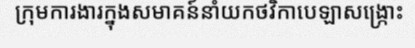
ក្រុមការងារក្នុងសមាគន៍នាំយកថវិកាបេឡាសង្ក្រោះ